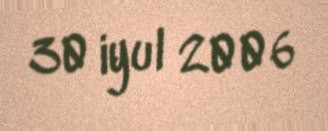
30 iyul 2006